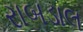
રાબડાલ